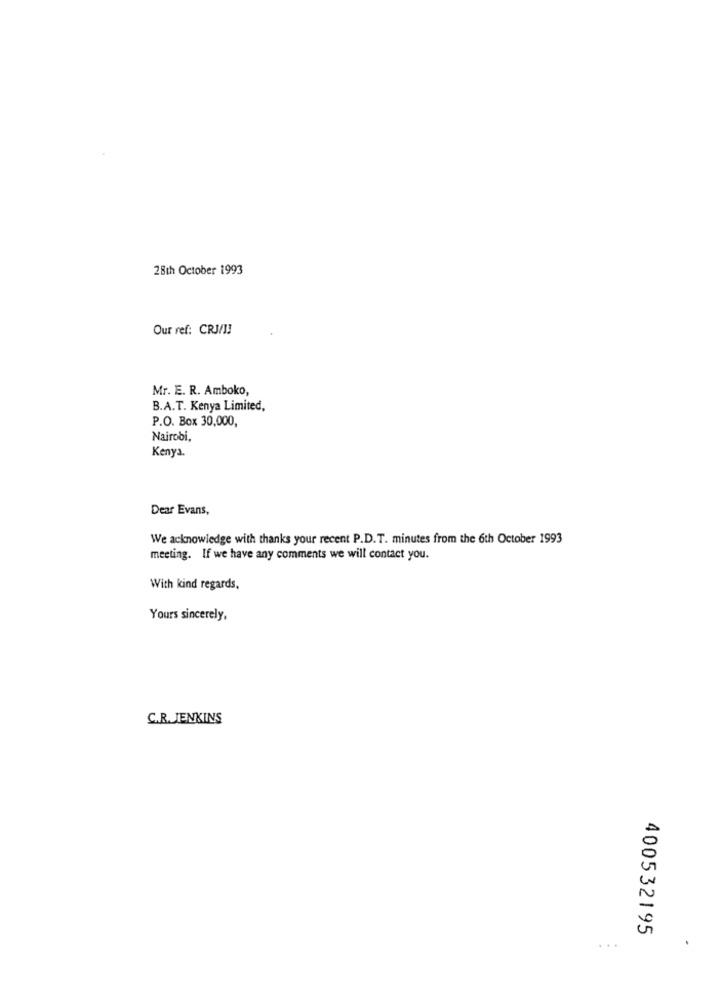
28th October 1993
Our ref: CRJ/ !!
Mr. E. R. Amboko,
B.A.T. Kenya Limited,
P.O. Box 30,000,
Nairobi,
Kenya.
Dear Evans,
We acknowledge with thanks your recent P.D.T. minutes from the 6th October 1993
meeting. If we have any comments we will contact you.
With kind regards,
Yours sincerely,
C.R. JENKINS
400532195
...